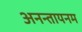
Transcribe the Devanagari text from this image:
अनन्तायनम